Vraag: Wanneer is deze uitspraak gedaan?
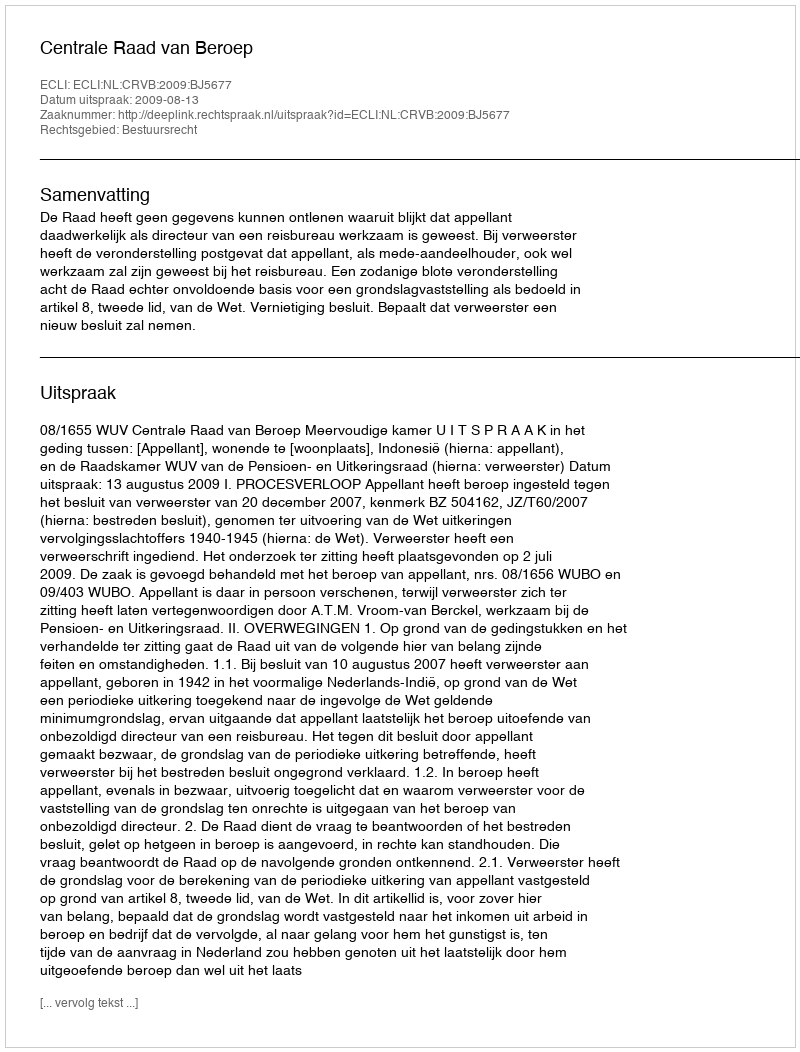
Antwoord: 2009-08-13